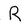
Character: R